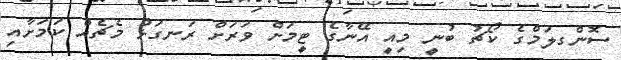
ސޮންގލަމްގެ ކޯޗު ބުނީ މިއީ އޭނާގެ ޓީމަށް ވަރަށް ރަނގަޅު މެޗެއް ކަމަށާއި